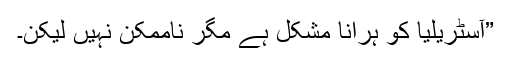
”آسٹریلیا کو ہرانا مشکل ہے مگر ناممکن نہیں لیکن۔